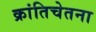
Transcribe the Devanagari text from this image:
क्रांतिचेतना